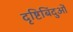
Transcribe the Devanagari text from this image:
दृष्टिबिंदुओं